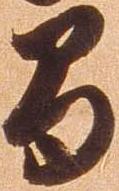
間